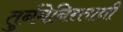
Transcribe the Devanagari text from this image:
तुर्नमेनिस्तानी